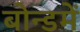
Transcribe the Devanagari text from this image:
बोन्डमें